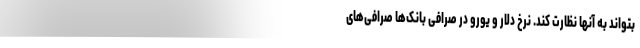
بتواند به آنها نظارت کند. نرخ دلار و یورو در صرافی بانک‌ها صرافی‌های